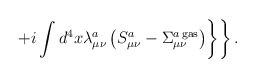
\begin{align*}\left.\left.+i\int d^4x\lambda_{\mu\nu}^a\left(S_{\mu\nu}^a-\Sigma_{\mu\nu}^{a{\,}{\rm gas}}\right)\right\}\right\}.\end{align*}